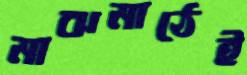
মাঝমাঠেই